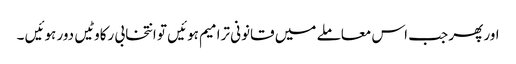
اور پھر جب اس معاملے میں قانونی ترامیم ہوئیں تو انتخابی رکاوٹیں دور ہوئیں ۔